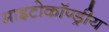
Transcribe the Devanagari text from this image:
माइटोकॉण्ड्रीय